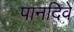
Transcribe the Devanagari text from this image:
पानदिवे